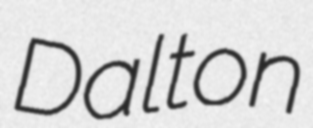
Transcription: Dalton